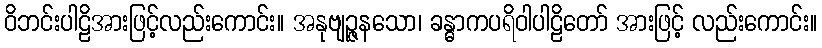
ဝိဘင်းပါဠိအားဖြင့်လည်းကောင်း။ အနုဗျဉ္ဇနသော၊ ခန္ဓာကပရိဝါပါဠိတော် အားဖြင့် လည်းကောင်း။